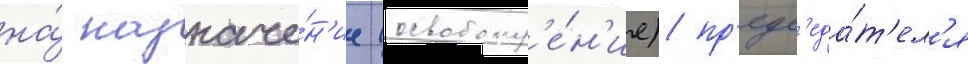
на́ назначе́н'ие (освобожд'е́н'ие) пр'едс'еда́т'ел'я